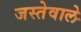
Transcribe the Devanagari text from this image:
जस्तेवाले